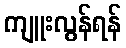
ကျူးလွန်ရန်